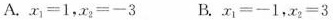
A.$$x_{1}=1，x_{2}=-3$$B$$.x_{1}=-1，x_{2}=3$$